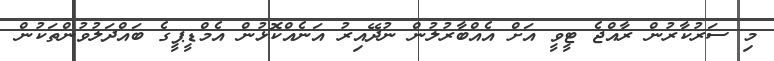
މި ސަރުކާރުން ރާއްޖެ ޓީވީ އަށް އެއްބާރުލުން ނުދޭއިރު އަނެއްކޮޅުން އެމްޑީޕީގެ ބައްދަލުވުންތަކުން